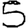
Digit: 5